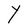
Character: Y